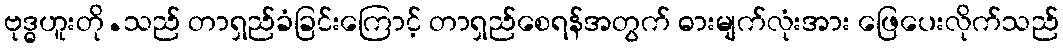
ဗုဒ္ဓဟူးတို.သည် တာရှည်ခံခြင်းကြောင့် တာရှည်စေရန်အတွက် ဓားမျက်လုံးအား ဖြေပေးလိုက်သည်